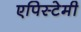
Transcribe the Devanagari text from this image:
एपिस्टेमी